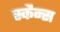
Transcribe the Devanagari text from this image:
स्कैन्स